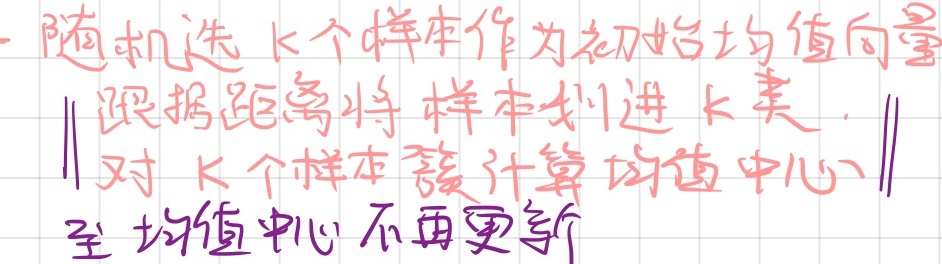
- 随机选 \(k\)个样本作为初始均值向量
- 根据距离将样本划进 \(k\)类
- 对 \(k\)个样本簇计算均值中心
- 至均值中心不再更新